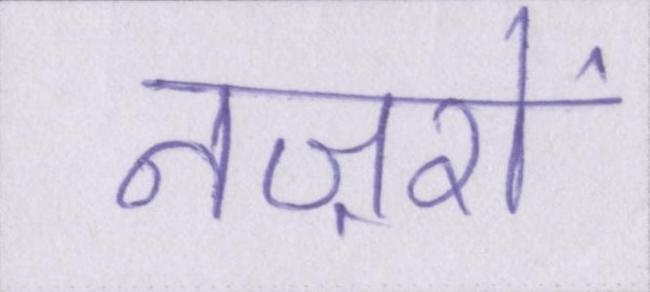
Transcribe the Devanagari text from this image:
नज़रों